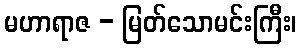
မဟာရာဇ - မြတ်သောမင်းကြီး၊